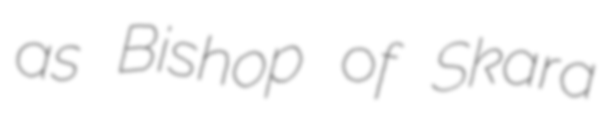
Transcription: as Bishop of Skara